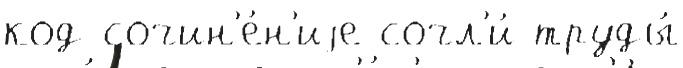
код сочин'е́н'иjе сочл'и́ труды́